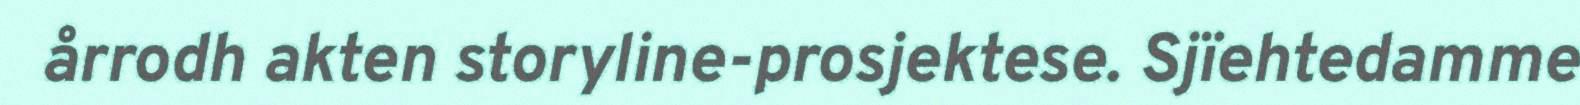
årrodh akten storyline-prosjektese. Sjïehtedamme